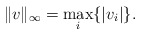
\begin{align*}\|v\|_{\infty} = \max_{i} \{ |v_i| \}.\end{align*}